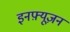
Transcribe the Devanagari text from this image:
इनफ़्यूज़न